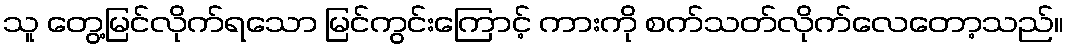
သူ တွေ့မြင်လိုက်ရသော မြင်ကွင်းကြောင့် ကားကို စက်သတ်လိုက်လေတော့သည်။